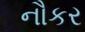
નૌકર